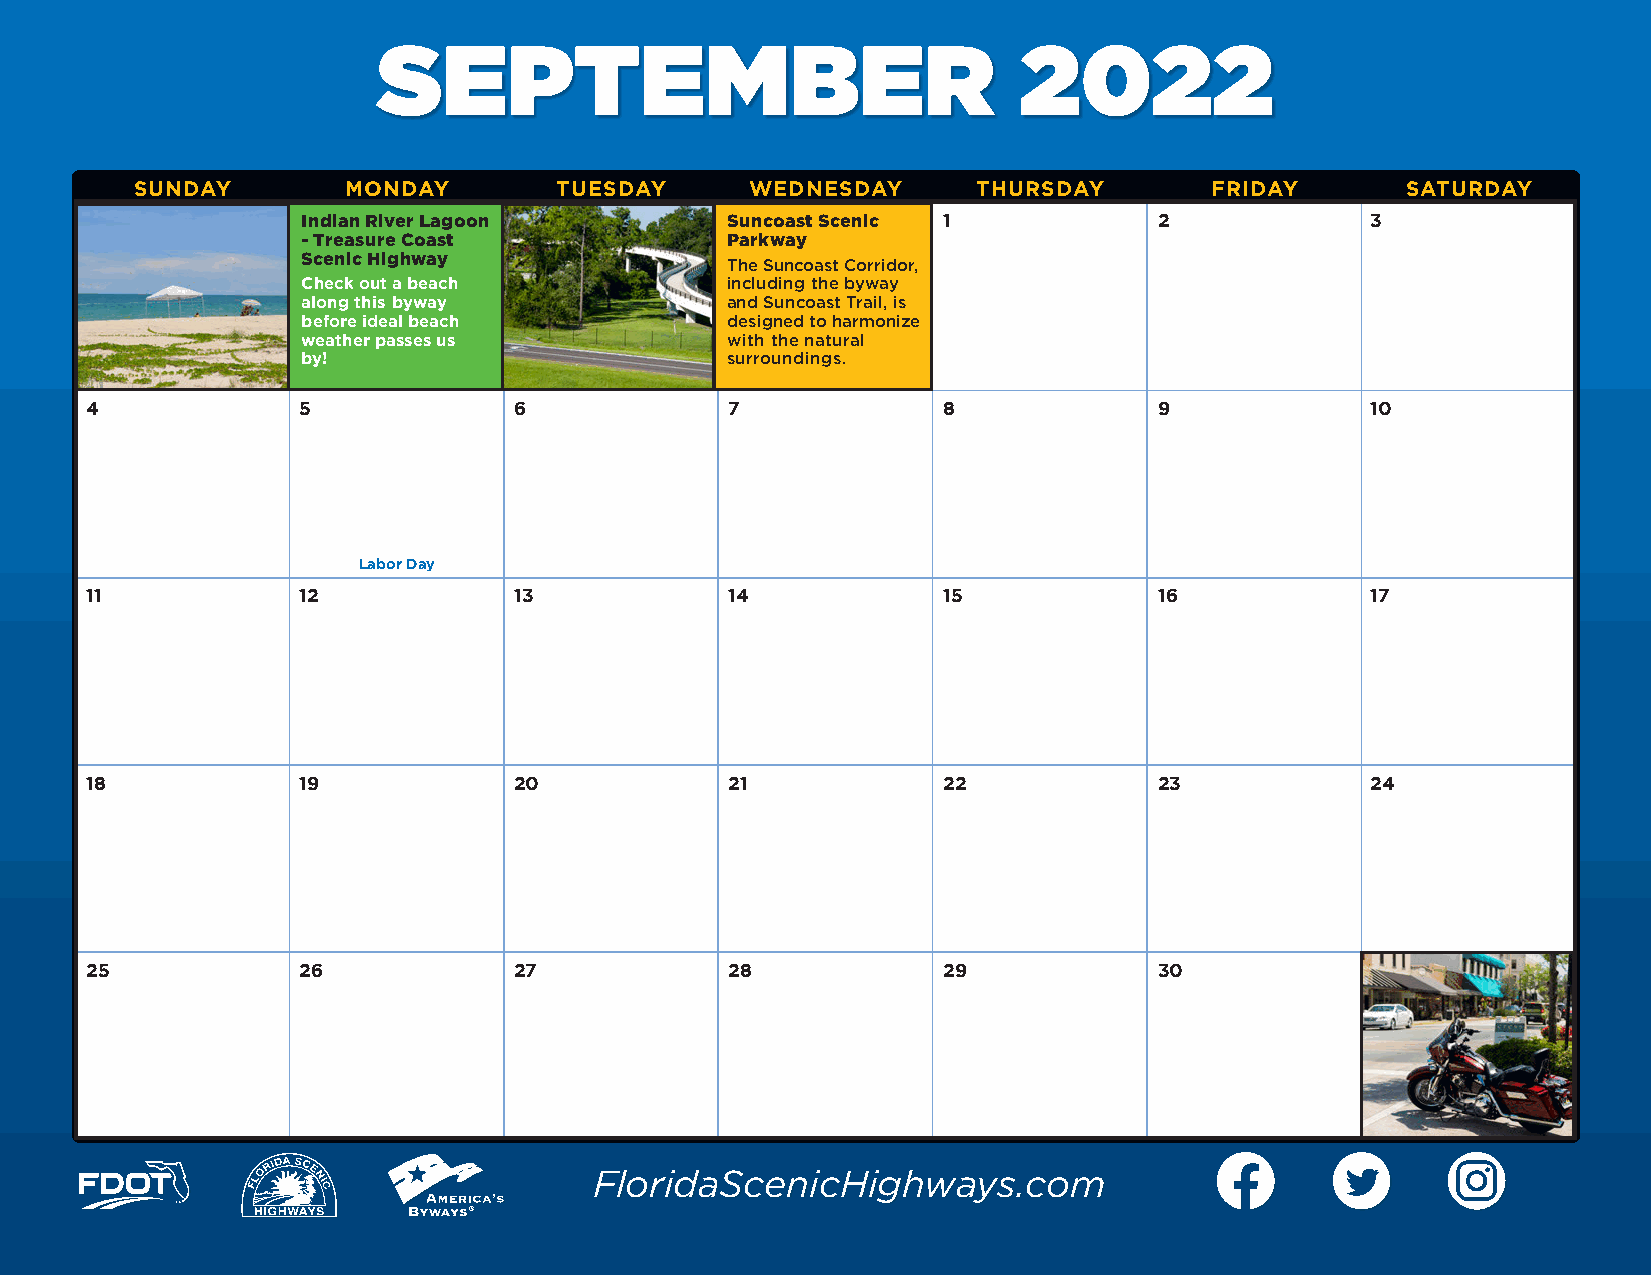
SEPTEMBER                                 2022
 SUNDAY        MONDAY        TUESDAY      WEDNESDAY      THURSDAY       FRIDAY       SATURDAY
 Indian River Lagoon         S uncoast Scenic 1           2             3
 - Treasure Coast            Parkway
 Scenic Highway              The Suncoast Corridor,
 Check out a beach           including the byway
 along this byway            and Suncoast Trail, is
 before ideal beach          designed to harmonize
 weather passes us           with the natural
 by!                         surroundings.
 4             5             6             7             8              9             10
 Labor Day
 11            12            13            14            15             16            17
 18            19            20            21            22             23            24
 25            26            27            28            29             30
 FloridaScenicHighways.com